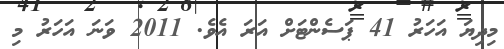
މިދިޔަ އަހަރު 41 ޕަސެންޓަށް އަރަ އެވެ. 2011 ވަނަ އަހަރު މި